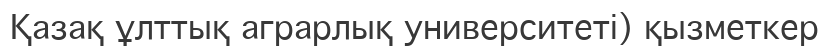
Қазақ ұлттық аграрлық университеті) қызметкер